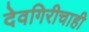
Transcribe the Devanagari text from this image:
देवगिरीचाही